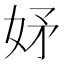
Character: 𭑴